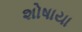
શોષાયા